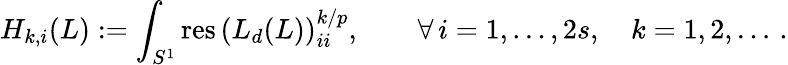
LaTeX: H_{k,i}(L):=\int_{S^{1}}\mathrm{res\, }\left(L_{d}(L)\right)_{ii}^{k/{p}},\qquad\forall\, i=1,\ldots,2s,\quad k=1,2,\dots\, .